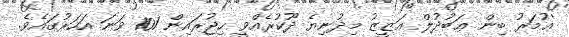
'ޢުމަރު ބިން ޢަބުދުލް ޢަޒީޒު މިދުނިޔެ ދޫކުރެއްވީ ހިޖުރައިން 101 ވަނަ އަހަރުގައެވެ.